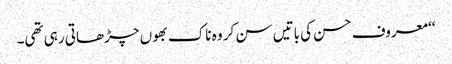
‘‘ معروف حسن کی باتیں سن کر وہ ناک بھوں چڑھاتی رہی تھی۔